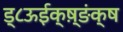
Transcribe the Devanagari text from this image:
ड्८ऊईक्ष़्ङंक्ष